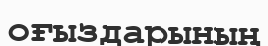
оғыздарының